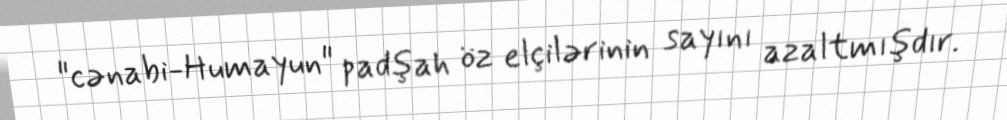
"cənabi-Humayun" padşah öz elçilərinin sayını azaltmışdır.